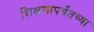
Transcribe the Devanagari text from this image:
शिक्षणापर्यंतच्या